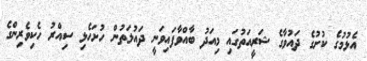
އެޅުމުގެ ކުށުގެ ދައުވާގެ ޝަރީއަތުގައި މިއަދު ބާއްވާފައިވަނީ ދައުލަތުން ހުށަހެޅި ސިއްރު ހެކިވެރިންގެ